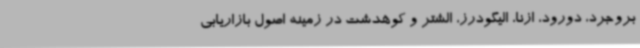
بروجرد، دورود، ازنا، الیگودرز، الشتر و کوهدشت در زمینه اصول بازاریابی